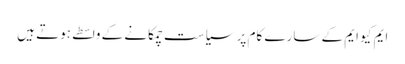
ایم کیو ایم کے سارے کام پر سیاست چمکانے کے واسطے ہوتے ہیں